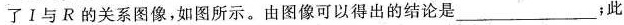
了Ⅰ与R的关系图像，如图所示。由图像可以得出的结论是________；此